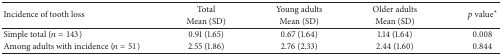
| <ROWSPAN=2> Incidence of tooth loss | Total | Young adults | Older adults | <ROWSPAN=2> p value∗ |
 | Mean (SD) | Mean (SD) | Mean (SD) |
 | --- | --- | --- | --- | --- |
 | Simple total (n = 143) | 0.91 (1.65) | 0.67 (1.64) | 1.14 (1.64) | 0.008 |
 | Among adults with incidence (n = 51) | 2.55 (1.86) | 2.76 (2.33) | 2.44 (1.60) | 0.844 |